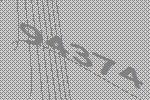
94374